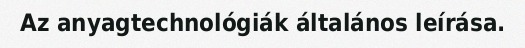
Az anyagtechnológiák általános leírása.